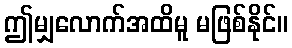
ဤမျှလောက်အထိမူ မဖြစ်နိုင်။